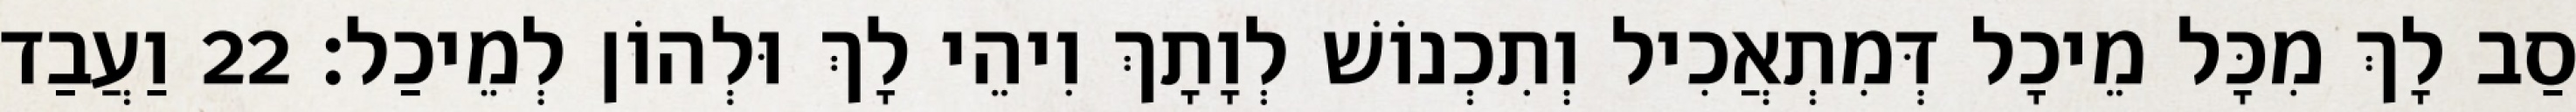
סַב לָךְ מִכָּל מֵיכָל דְּמִתְאֲכִיל וְתִכְנוֹשׁ לְוָתָךְ וִיהֵי לָךְ וּלְהוֹן לְמֵיכַל׃ 22 וַעֲבַד